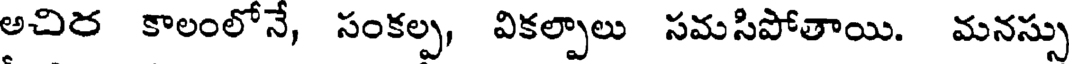
అచిర కాలంలోనే, సంకల్ప, వికల్పాలు సమసిపోతాయి. మనస్సు